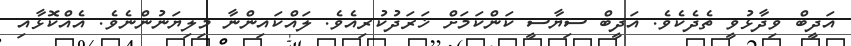
އަދީބް ވިދާޅުވީ ތެދެކެވެ. އަދީބް ސިޔާސީ ކަންކަމަށް ޚަރަދުކުރިއެވެ. ލައްކައިންނާ މިލިޔަނުންނެވެ. އެއްކޮޅާއި